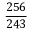
\frac { 2 5 6 } { 2 4 3 }